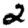
Digit: 2